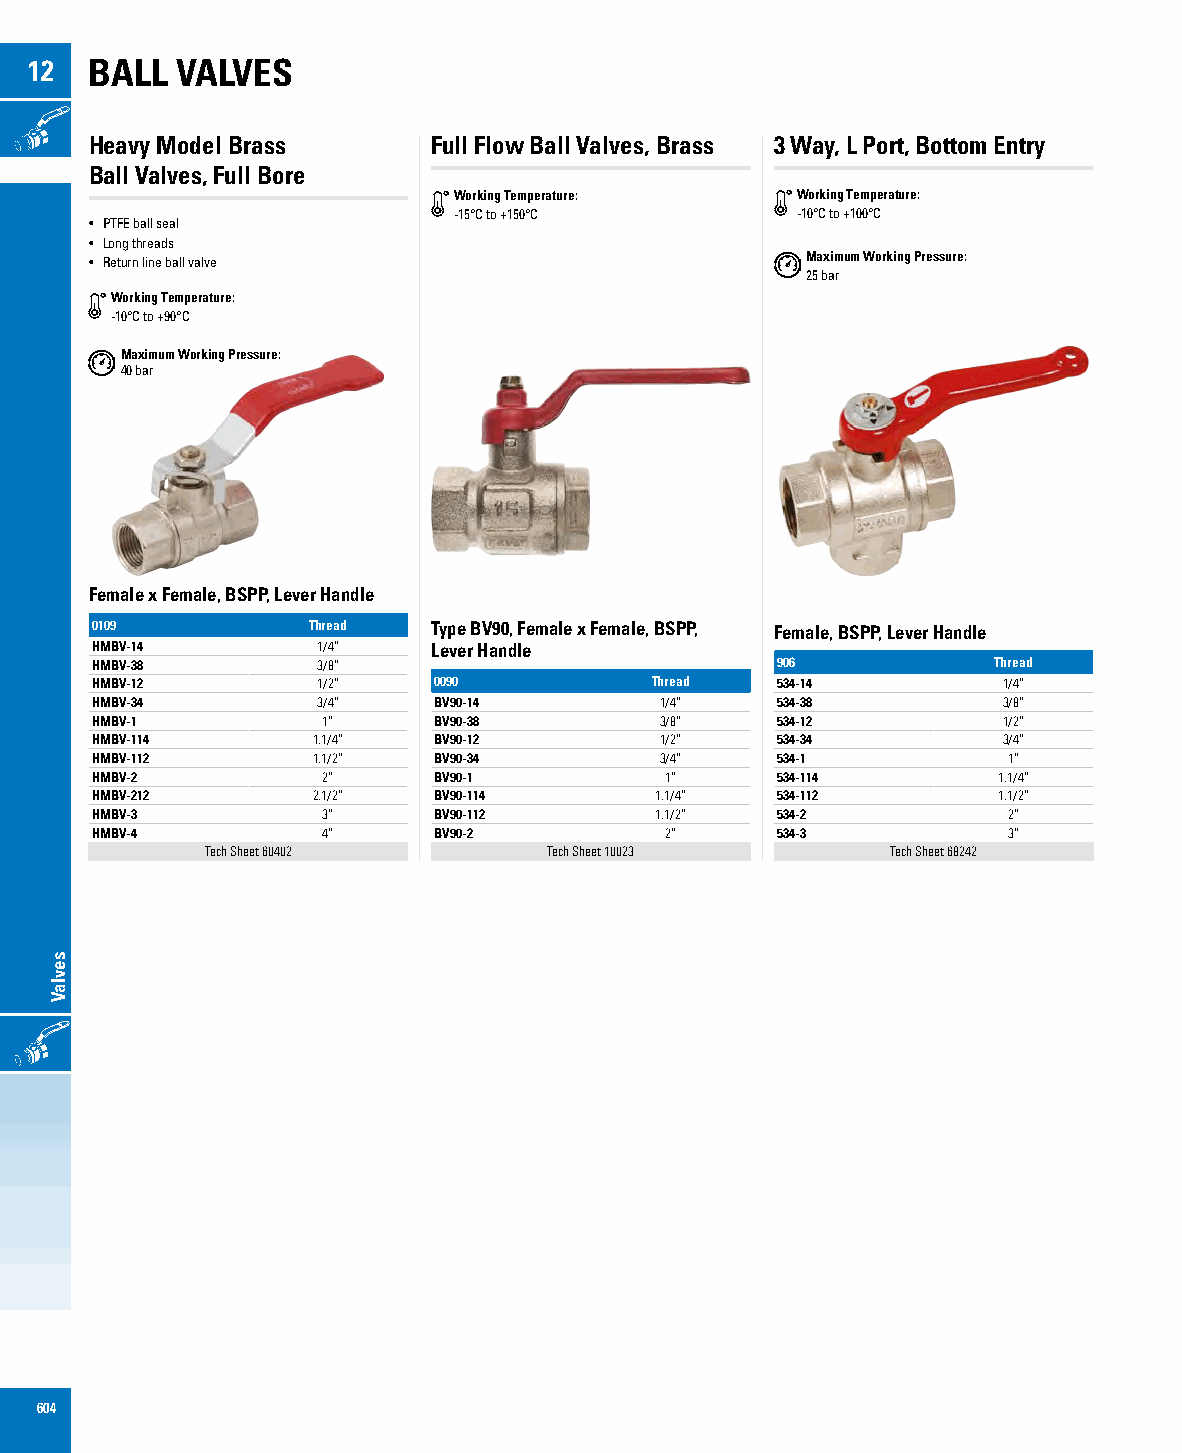
12  BALL  VALVES
 ONOFF
 Heavy Model Brass      Full Flow Ball Valves, Brass 3 Way, L Port, Bottom Entry
 Ball Valves, Full Bore
 Working Temperature:   Working Temperature:
 -15°C to +150°C        -10°C to +100°C
 • PTFE ball seal
 • Long threads
 • Return line ball valve                       Maximum Working Pressure:
 25 bar
 Working Temperature:
 -10°C to +90°C
 Maximum Working Pressure:
 40 bar
 Female x Female, BSPP, Lever Handle
 0109          Thread   Type BV90, Female x Female, BSPP, Female, BSPP, Lever Handle
 HMBV-14        1/4”    Lever Handle
 HMBV-38        3/8”                          906            Thread
 HMBV-12        1/2”    0090          Thread  534-14         1/4”
 HMBV-34        3/4”    BV90-14        1/4”   534-38         3/8”
 HMBV-1         1”      BV90-38        3/8”   534-12         1/2”
 HMBV-114       1.1/4”  BV90-12        1/2”   534-34         3/4”
 HMBV-112       1.1/2”  BV90-34        3/4”   534-1           1”
 HMBV-2         2”      BV90-1         1”     534-114        1.1/4”
 HMBV-212       2.1/2”  BV90-114      1.1/4”  534-112        1.1/2”
 HMBV-3         3”      BV90-112      1.1/2”  534-2           2”
 HMBV-4         4”      BV90-2         2”     534-3           3”
 Tech Sheet 60402      Tech Sheet 10023       Tech Sheet 68242
 ONOFF
 604
 sevlaV